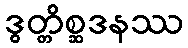
ဒွတ္တိစ္ဆဒနဿ